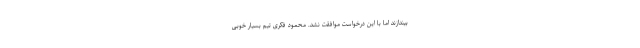
بیندازند اما با این درخواست موافقت نشد. محمود فکری تیم بسیار خوبی